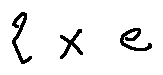
2 \times e